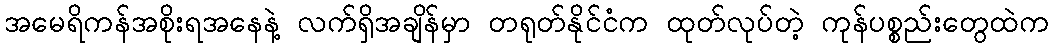
အမေရိကန်အစိုးရအနေနဲ့ လက်ရှိအချိန်မှာ တရုတ်နိုင်ငံက ထုတ်လုပ်တဲ့ ကုန်ပစ္စည်းတွေထဲက